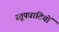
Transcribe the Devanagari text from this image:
स्तूपवादियों